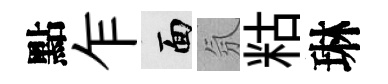
點乍面氛䊀琳